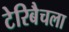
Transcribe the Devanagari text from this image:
टेरिबैचला